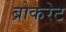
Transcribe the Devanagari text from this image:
ब्रोकरेट